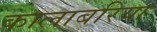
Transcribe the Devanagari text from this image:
कालाबरिया